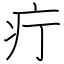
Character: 疔